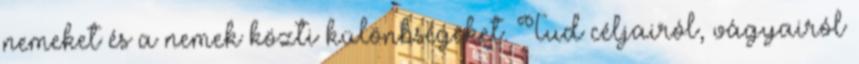
nemeket és a nemek közti különbségeket. Tud céljairól, vágyairól